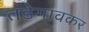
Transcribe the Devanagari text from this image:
तडेगावकर